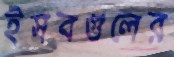
ইসবগুলের